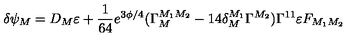
\delta \psi _ { M } = D _ { M } \varepsilon + { \frac { 1 } { 6 4 } } e ^ { 3 \phi / 4 } ( \Gamma _ { M } ^ { M _ { 1 } M _ { 2 } } - 1 4 \delta _ { M } ^ { M _ { 1 } } \Gamma ^ { M _ { 2 } } ) \Gamma ^ { 1 1 } \varepsilon F _ { M _ { 1 } M _ { 2 } }